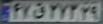
۴۷ق۲۷۳۲۹